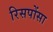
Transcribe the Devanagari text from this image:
रिसपोंसा